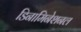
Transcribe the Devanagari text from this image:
डिनामिनेशनल